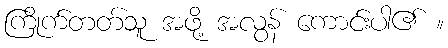
ကြိုက်တတ်သူ အဖို့ အလွန် ကောင်းပါ၏ ။